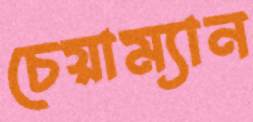
চেয়াম্যান